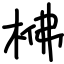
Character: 梻